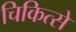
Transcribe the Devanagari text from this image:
चिकित्से